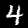
Label: 4